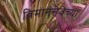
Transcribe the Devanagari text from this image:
विमानसेवेच्या